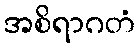
အစိရာဂတံ